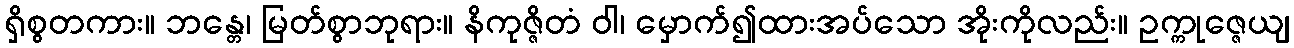
ရှိစွတကား။ ဘန္တေ၊ မြတ်စွာဘုရား။ နိကုဇ္ဇိတံ ဝါ၊ မှောက်၍ထားအပ်သော အိုးကိုလည်း။ ဥက္ကုဇ္ဇေယျ